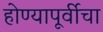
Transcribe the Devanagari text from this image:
होण्यापूर्वीचा